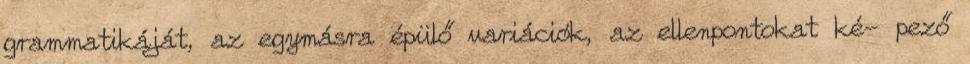
grammatikáját, az egymásra épülő variációk, az ellenpontokat ké- pező